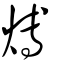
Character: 煿